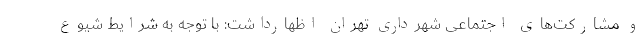
و مشارکت‌های اجتماعی شهرداری تهران اظهارداشت: با توجه به شرایط شیوع